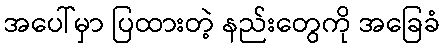
အပေါ်မှာ ပြထားတဲ့ နည်းတွေကို အခြေခံ